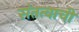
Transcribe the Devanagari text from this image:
संतत्वाची